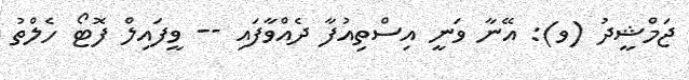
ޖަމްޝީދު (ވ): އޭނާ ވަނީ އިސްތިއުފާ ދެއްވާފައި -- ވީފައިލް ފޮޓޯ ހެލްތު